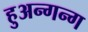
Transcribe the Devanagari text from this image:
हुअन्गन्ग